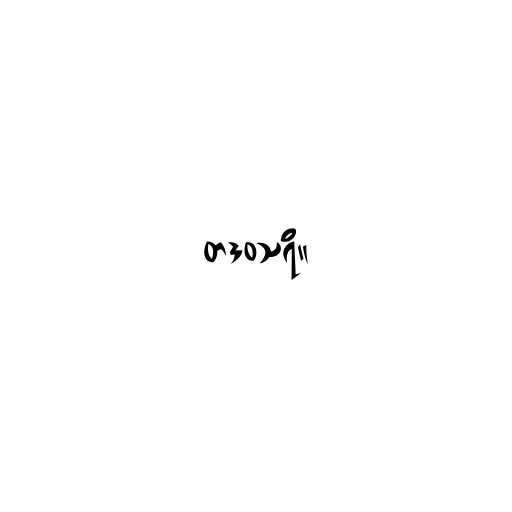
တဒဝသရိ။